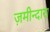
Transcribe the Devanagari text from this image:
ज़मीन्दारा